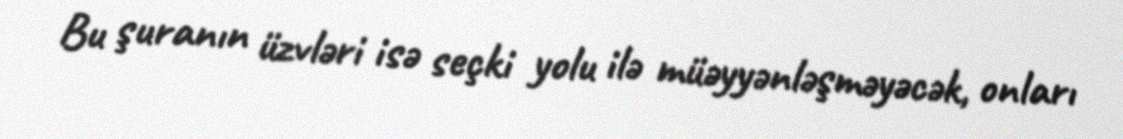
Bu şuranın üzvləri isə seçki yolu ilə müəyyənləşməyəcək, onları